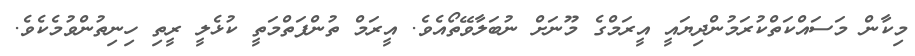
މިކާން މަސައްކަތްކުރަމުންދިޔައީ އީރަމްގެ މޫނަށް ނުބަލާވޭތޯއެވެ. އީރަމް ތުންފަތްމަތީ ކުޅެލީ ރީތި ހިނިތުންވުމެކެވެ.